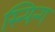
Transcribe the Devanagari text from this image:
स्न्यिन्ग